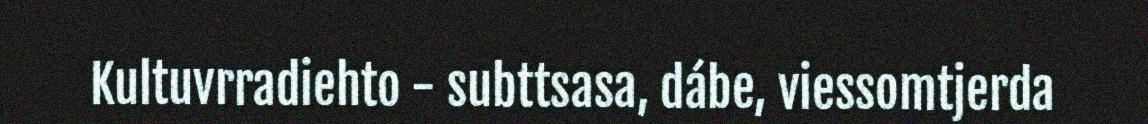
Kultuvrradiehto - subttsasa, dábe, viessomtjerda